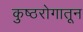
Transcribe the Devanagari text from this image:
कुष्ठरोगातून